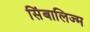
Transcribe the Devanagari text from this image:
सिंबालिज्म